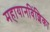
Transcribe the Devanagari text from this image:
महायानविंशिका